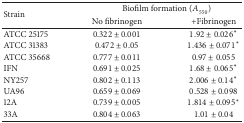
<table><thead><tr><td rowspan="2"><b>Strain</b></td><td colspan="2"><b>Biofilm formation (<i>A</i><sub>550</sub>)</b></td></tr><tr><td><b>No fibrinogen</b></td><td><b>+Fibrinogen</b></td></tr></thead><tbody><tr><td>ATCC 25175</td><td>0.322 ± 0.001</td><td>1.92 ± 0.026*</td></tr><tr><td>ATCC 31383</td><td>0.472 ± 0.05</td><td>1.436 ± 0.071*</td></tr><tr><td>ATCC 35668</td><td>0.777 ± 0.011</td><td>0.97 ± 0.055</td></tr><tr><td>IFN</td><td>0.691 ± 0.025</td><td>1.68 ± 0.065*</td></tr><tr><td>NY257</td><td>0.802 ± 0.113</td><td>2.006 ± 0.14*</td></tr><tr><td>UA96</td><td>0.659 ± 0.069</td><td>0.528 ± 0.098</td></tr><tr><td>12A</td><td>0.739 ± 0.005</td><td>1.814 ± 0.095*</td></tr><tr><td>33A</td><td>0.804 ± 0.063</td><td>1.01 ± 0.04</td></tr></tbody></table>